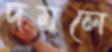
দমলে